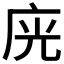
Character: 𭙛